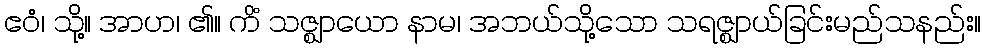
ဧဝံ၊ သို့။ အာဟ၊ ၏။ ကိံ သဇ္ဈာယော နာမ၊ အဘယ်သို့သော သရဇ္ဈာယ်ခြင်းမည်သနည်း။